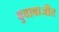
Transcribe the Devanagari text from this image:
बुवाबाजीत